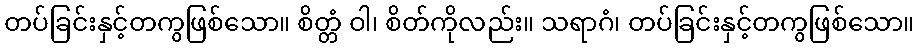
တပ်ခြင်းနှင့်တကွဖြစ်သော။ စိတ္တံ ဝါ၊ စိတ်ကိုလည်း။ သရာဂံ၊ တပ်ခြင်းနှင့်တကွဖြစ်သော။